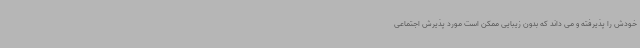
خودش را پذیرفته و می داند که بدون زیبایی ممکن است مورد پذیرش اجتماعی